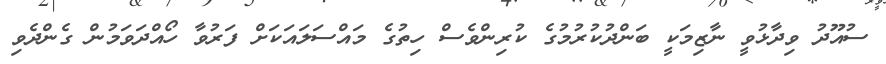
ސުއޫދު ވިދާޅުވީ ނާޒިމަކީ ބަންދުކުރުމުގެ ކުރިންވެސް ހިތުގެ މައްސަލައަކަށް ފަރުވާ ހޯއްދަވަމުން ގެންދެވި